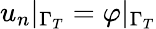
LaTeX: u_{n}|_{\Gamma_{T}}=\varphi|_{\Gamma_{T}}